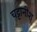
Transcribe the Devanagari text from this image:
चट्टानीश्